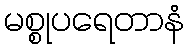
မစ္စုပရေတာနံ